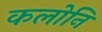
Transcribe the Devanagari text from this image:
कलोनि